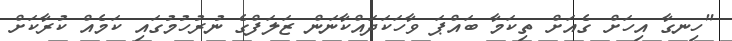
"ހިނގާ އިހަށް ގެއަށް ތިކަމާ ބައްޕަ ވާހަކަދައްކާނަން ޒަލަފްގެ ނުރުހުމުގައި ކަމެއް ކުރާކަށް